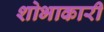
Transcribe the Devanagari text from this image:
शोभाकारी